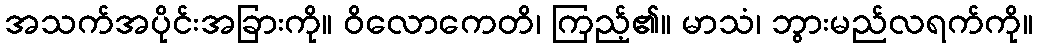
အသက်အပိုင်းအခြားကို။ ဝိလောကေတိ၊ ကြည့်၏။ မာသံ၊ ဘွားမည်လရက်ကို။